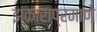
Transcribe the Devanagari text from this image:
झंकाराप्रमाणे